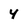
Character: 4